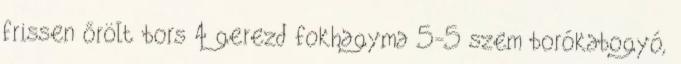
frissen őrölt bors 4 gerezd fokhagyma 5-5 szem borókabogyó,